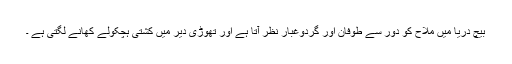
بیچ دریا میں ملاح کو دور سے طوفان اور گردوغبار نظر آتا ہے اور تھوڑی دیر میں کشتی ہچکولے کھانے لگتی ہے ۔